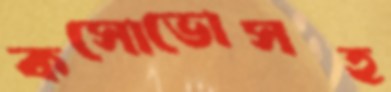
কসোভোসহ